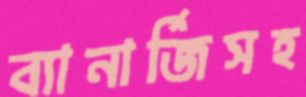
ব্যানার্জিসহ